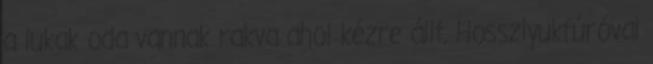
a lukak oda vannak rakva ahol kézre állt. Hosszlyukfúróval